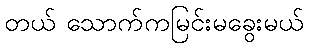
တယ် သောက်ကမြင်းမခွေးမယ်